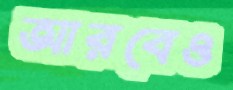
আরবেও